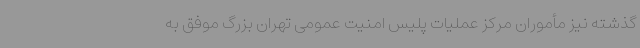
گذشته نیز مأموران مرکز عملیات پلیس امنیت عمومی تهران بزرگ موفق به